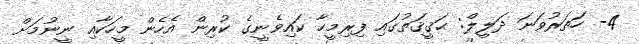
4- ހަތަރުވަނަ ދަލީލް: ޙަޤީޤަތުގައި ފިރިމީހާ ކައިވެނީގެ ކުރިން އެހެން މީހަކާއި ނީނުމަށް